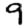
Digit: 9